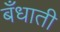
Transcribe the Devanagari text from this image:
बँधाती